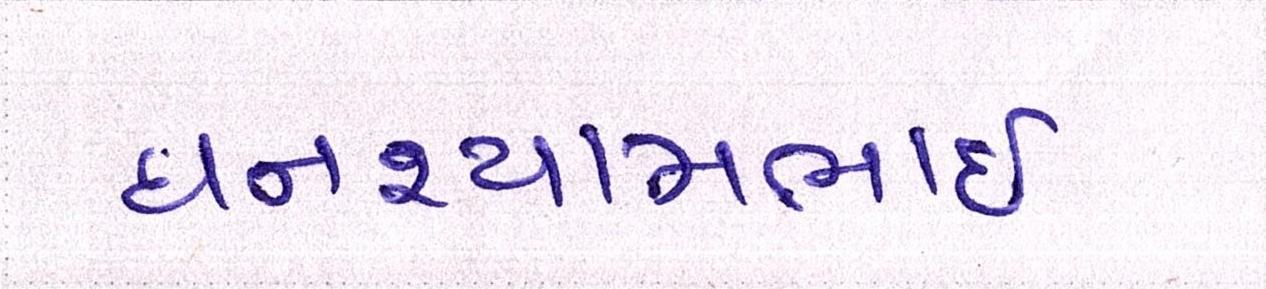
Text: ઘનશ્યામભાઈ